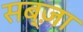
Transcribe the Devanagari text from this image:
सब्ज़ा